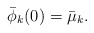
\begin{align*}\bar \phi_{k}(0)=\bar \mu_{k}.\end{align*}